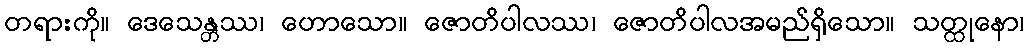
တရားကို။ ဒေသေန္တဿ၊ ဟောသော။ ဇောတိပါလဿ၊ ဇောတိပါလအမည်ရှိသော။ သတ္ထုနော၊